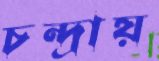
চন্দ্রায়